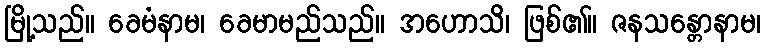
မြို့သည်။ ခေမံနာမ၊ ခေမာမည်သည်။ အဟောသိ၊ ဖြစ်၏။ ဇနသန္တောနာမ၊